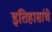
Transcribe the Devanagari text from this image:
इतिहासांचे